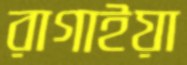
রাগাইয়া